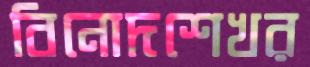
বিনোদশেখর